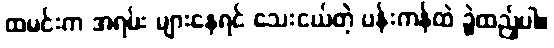
ထမင်းက အရမ်း များနေရင် သေးငယ်တဲ့ ပန်းကန်ထဲ ခွဲထည့်ပါ။